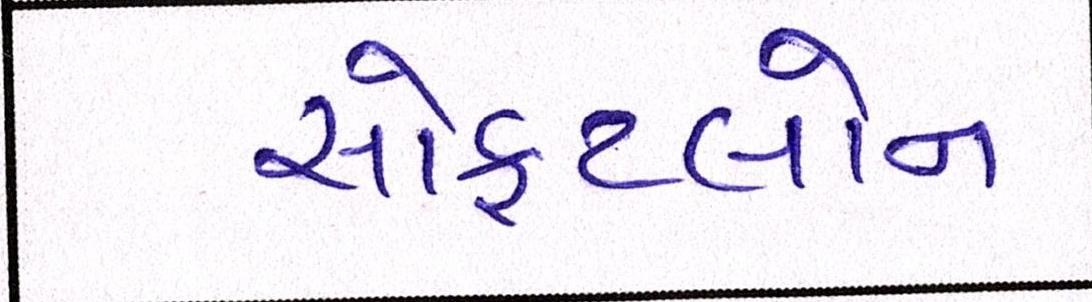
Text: સોફટલોન